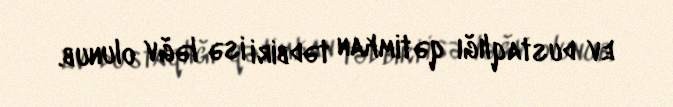
ev dustaqlığı qətimkan tədbiri isə ləğv olunub.